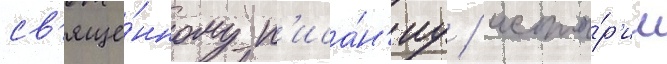
св'яще́нному п'иса́н'иу / исто́р'ии